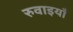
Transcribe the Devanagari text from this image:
रुवाइयाँ